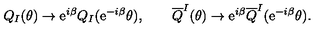
Q _ { I } ( \theta ) \rightarrow \mathrm { e } ^ { i \beta } Q _ { I } ( \mathrm { e } ^ { - i \beta } \theta ) , \qquad { \overline { Q } } ^ { I } ( \theta ) \rightarrow \mathrm { e } ^ { i \beta } { \overline { Q } } ^ { I } ( \mathrm { e } ^ { - i \beta } \theta ) .